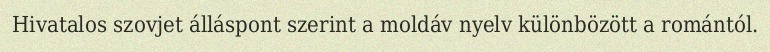
Hivatalos szovjet álláspont szerint a moldáv nyelv különbözött a romántól.